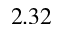
2 . 3 2